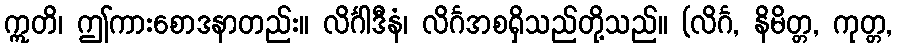
ဣတိ၊ ဤကားစောဒနာတည်း။ လိင်္ဂါဒီနံ၊ လိင်္ဂအစရှိသည်တို့သည်။ (လိင်္ဂ, နိမိတ္တ, ကုတ္တ,